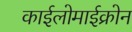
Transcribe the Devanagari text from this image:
काईलोमाईक्रोन